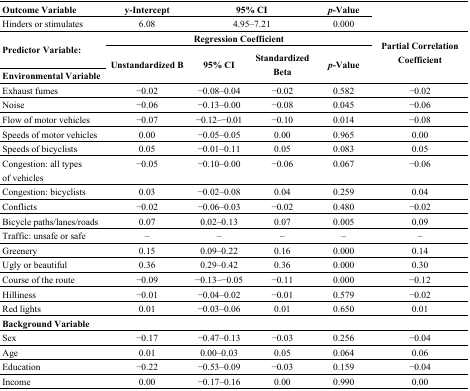
<table><thead><tr><td><b>Outcome Variable</b></td><td><b>y-Intercept</b></td><td colspan="2"><b>95% CI</b></td><td><b><i>p</i>-Value</b></td><td></td></tr></thead><tbody><tr><td>Hinders or stimulates</td><td>6.08</td><td colspan="2">4.95–7.21</td><td>0.000</td><td></td></tr><tr><td rowspan="2"><b>Predictor Variable:</b></td><td colspan="4"><b>Regression Coefficient</b></td><td rowspan="3"><b>Partial Correlation Coefficient</b></td></tr><tr><td rowspan="2"><b>Unstandardized B</b></td><td rowspan="2"><b>95% CI</b></td><td rowspan="2"><b>Standardized Beta</b></td><td rowspan="2"><b><i>p</i>-Value</b></td></tr><tr><td><b>Environmental Variable</b></td></tr><tr><td>Exhaust fumes</td><td>−0.02</td><td>−0.08–0.04</td><td>−0.02</td><td>0.582</td><td>−0.02</td></tr><tr><td>Noise</td><td>−0.06</td><td>−0.13–0.00</td><td>−0.08</td><td>0.045</td><td>−0.06</td></tr><tr><td>Flow of motor vehicles</td><td>−0.07</td><td>−0.12–−0.01</td><td>−0.10</td><td>0.014</td><td>−0.08</td></tr><tr><td>Speeds of motor vehicles</td><td>0.00</td><td>−0.05–0.05</td><td>0.00</td><td>0.965</td><td>0.00</td></tr><tr><td>Speeds of bicyclists</td><td>0.05</td><td>−0.01–0.11</td><td>0.05</td><td>0.083</td><td>0.05</td></tr><tr><td>Congestion: all types of vehicles</td><td>−0.05</td><td>−0.10–0.00</td><td>−0.06</td><td>0.067</td><td>−0.06</td></tr><tr><td>Congestion: bicyclists</td><td>0.03</td><td>−0.02–0.08</td><td>0.04</td><td>0.259</td><td>0.04</td></tr><tr><td>Conflicts</td><td>−0.02</td><td>−0.06–0.03</td><td>−0.02</td><td>0.480</td><td>−0.02</td></tr><tr><td>Bicycle paths/lanes/roads</td><td>0.07</td><td>0.02–0.13</td><td>0.07</td><td>0.005</td><td>0.09</td></tr><tr><td>Traffic: unsafe or safe</td><td>‒</td><td>‒</td><td>‒</td><td>‒</td><td>‒</td></tr><tr><td>Greenery</td><td>0.15</td><td>0.09–0.22</td><td>0.16</td><td>0.000</td><td>0.14</td></tr><tr><td>Ugly or beautiful</td><td>0.36</td><td>0.29–0.42</td><td>0.36</td><td>0.000</td><td>0.30</td></tr><tr><td>Course of the route</td><td>−0.09</td><td>−0.13–−0.05</td><td>−0.11</td><td>0.000</td><td>−0.12</td></tr><tr><td>Hilliness</td><td>−0.01</td><td>−0.04–0.02</td><td>−0.01</td><td>0.579</td><td>−0.02</td></tr><tr><td>Red lights</td><td>0.01</td><td>−0.03–0.06</td><td>0.01</td><td>0.650</td><td>0.01</td></tr><tr><td><b>Background Variable</b></td><td></td><td></td><td></td><td></td><td></td></tr><tr><td>Sex</td><td>−0.17</td><td>−0.47–0.13</td><td>−0.03</td><td>0.256</td><td>−0.04</td></tr><tr><td>Age</td><td>0.01</td><td>0.00–0.03</td><td>0.05</td><td>0.064</td><td>0.06</td></tr><tr><td>Education</td><td>−0.22</td><td>−0.53–0.09</td><td>−0.03</td><td>0.159</td><td>−0.04</td></tr><tr><td>Income</td><td>0.00</td><td>−0.17–0.16</td><td>0.00</td><td>0.990</td><td>0.00</td></tr></tbody></table>